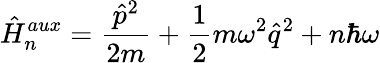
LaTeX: \hat{H}_{n}^{aux}=\frac{\hat{p}^{2}}{2m}+\frac{1}{2}m\omega^{2}\hat{q}^{2}+n\hbar\omega